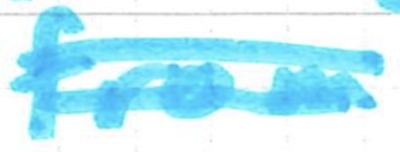
Text: from
Cross-out: double-line
Writing tool: marker